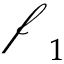
\boldsymbol { \mathscr { f } } _ { 1 }